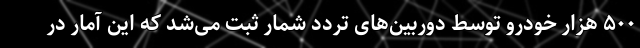
۵۰۰ هزار خودرو توسط دوربین‌های تردد شمار ثبت می‌شد که این آمار در